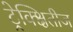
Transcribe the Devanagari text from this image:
ट्रेक्क्षितीज